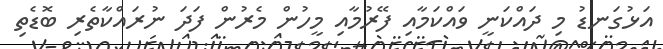
އަޅުގަނޑު މި ދައްކަނީ ވައްކަމާއި ފޭރުމާއި މީހުން މެރުން ފަދަ ނުރައްކާތެރި ބޮޑެތި